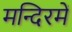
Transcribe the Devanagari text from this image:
मन्दिरमें